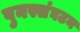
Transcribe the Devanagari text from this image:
पुनस्संघटन